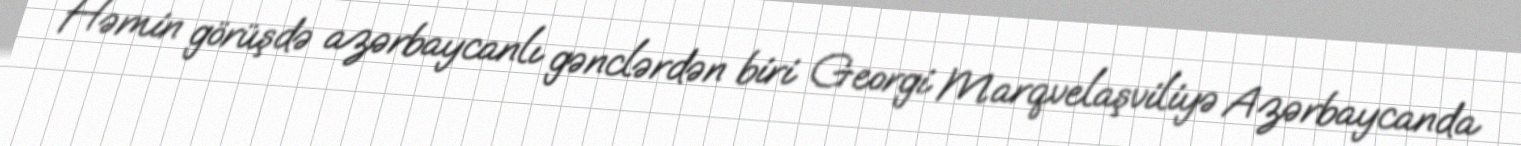
Həmin görüşdə azərbaycanlı gənclərdən biri Georgi Marqvelaşviliyə Azərbaycanda